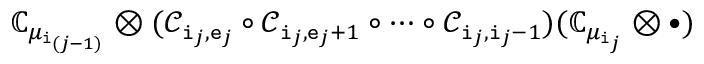
{ \mathbb C } _ { \mu _ { \mathtt { i } _ { ( j - 1 ) } } } \otimes ( \mathscr C _ { \mathtt { i } _ { j } , \mathtt { e } _ { j } } \circ \mathscr C _ { \mathtt { i } _ { j } , \mathtt { e } _ { j } + 1 } \circ \cdots \circ \mathscr C _ { \mathtt { i } _ { j } , \mathtt { i } _ { j } - 1 } ) ( { \mathbb C } _ { \mu _ { \mathtt { i } _ { j } } } \otimes \bullet )